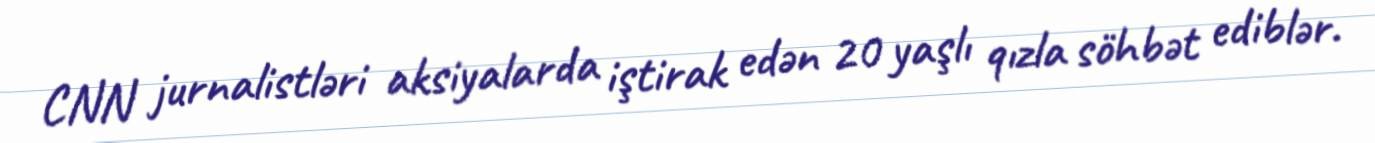
CNN jurnalistləri aksiyalarda iştirak edən 20 yaşlı qızla söhbət ediblər.